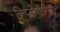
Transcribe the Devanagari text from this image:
क्रिप्टोमीरिया